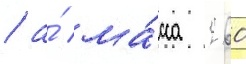
/ а́ ма́сса 260